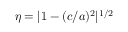
\eta = | 1 - ( c / a ) ^ { 2 } | ^ { 1 / 2 }